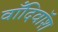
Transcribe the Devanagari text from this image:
वाँदिवॉश